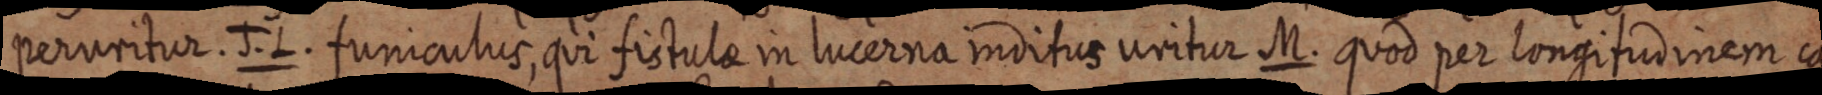
peruritur. J.L. funiculus, qui fistulae in lucerna inditus uritur M. quod per longitudinem ca